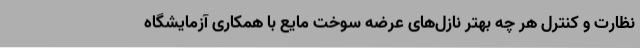
نظارت و کنترل هر چه بهتر نازل‌های عرضه سوخت مایع با همکاری آزمایشگاه